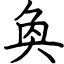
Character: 奐